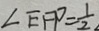
\angle E F P = \frac { 1 } { 2 }